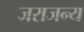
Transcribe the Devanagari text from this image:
जराजन्य